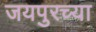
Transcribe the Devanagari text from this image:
जयपुरच्या